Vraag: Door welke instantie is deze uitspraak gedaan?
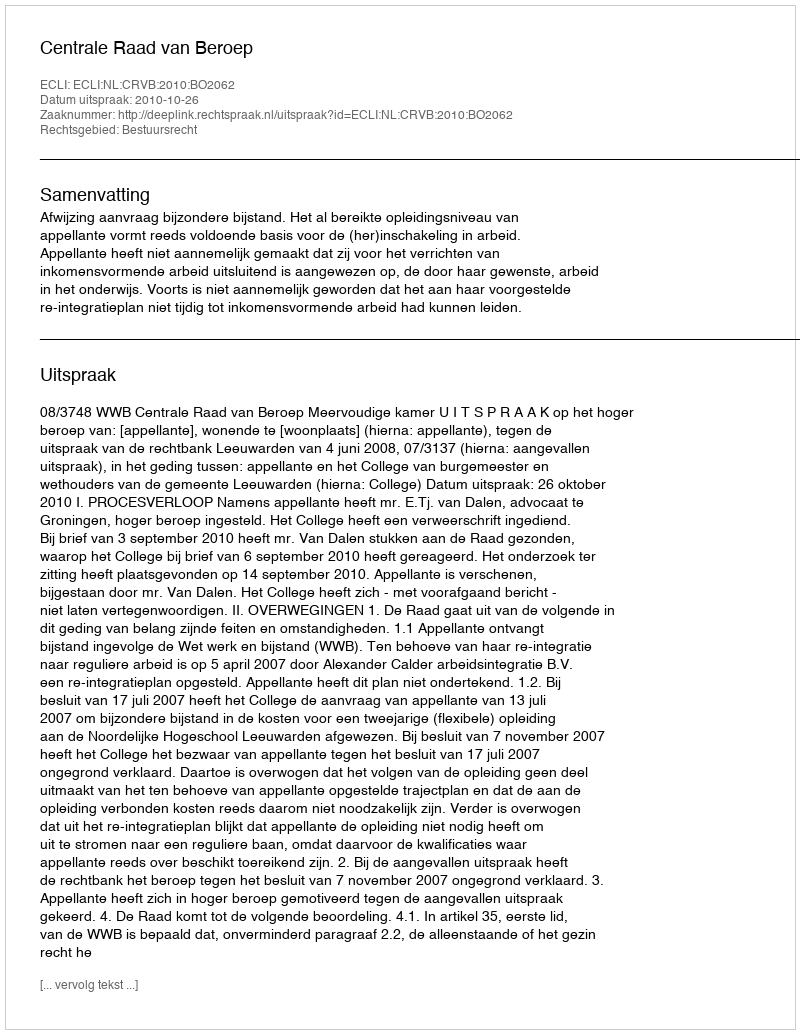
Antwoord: Centrale Raad van Beroep